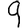
Digit: 9